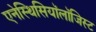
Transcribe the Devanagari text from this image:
एनेस्थिसियॉलॉजिस्ट